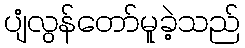
ပျံလွန်တော်မူခဲ့သည်